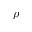
\rho